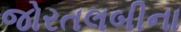
જોરતલબીના